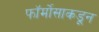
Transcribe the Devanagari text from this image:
फॉर्मोसाकडून